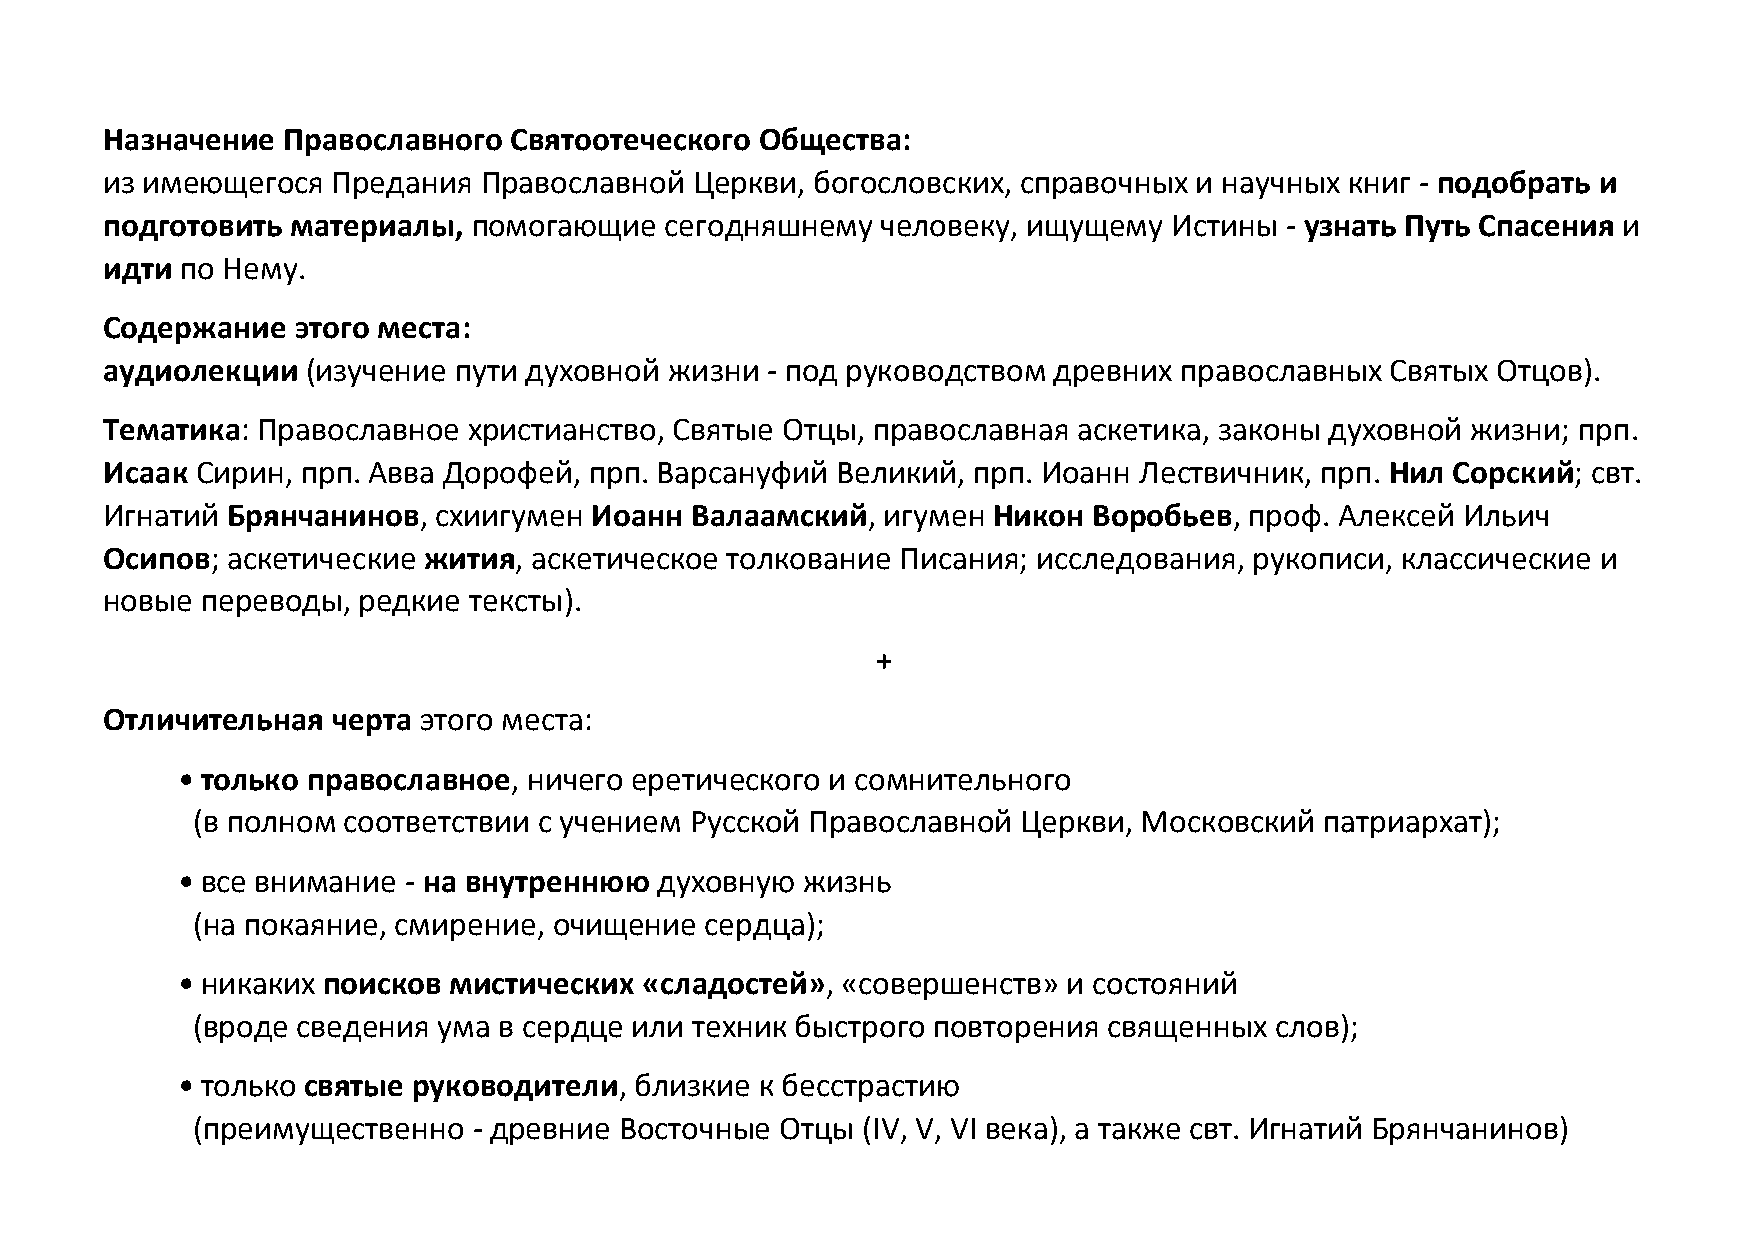
Назначение  Православного  Святоотеческого Общества:
 из имеющегося  Предания  Православной  Церкви, богословских, справочных и научных книг - подобрать и
 подготовить материалы,  помогающие   сегодняшнему  человеку, ищущему   Истины - узнать Путь Спасения и
 идти по Нему.
 Содержание   этого места:
 аудиолекции  (изучение пути духовной жизни  - под руководством древних православных  Святых Отцов).
 Тематика: Православное  христианство, Святые Отцы, православная аскетика, законы духовной жизни; прп.
 Исаак Сирин, прп. Авва Дорофей, прп. Варсануфий Великий, прп. Иоанн Лествичник, прп. Нил Сорский; свт.
 Игнатий Брянчанинов,  схиигумен Иоанн  Валаамский,  игумен Никон Воробьев,  проф. Алексей Ильич
 Осипов; аскетические жития, аскетическое толкование  Писания; исследования, рукописи, классические и
 новые переводы,  редкие тексты).
 +
 Отличительная  черта этого места:
 • только православное, ничего еретического и сомнительного
 (в полном соответствии с учением Русской Православной  Церкви, Московский  патриархат);
 • все внимание - на внутреннюю  духовную жизнь
 (на покаяние, смирение, очищение  сердца);
 • никаких поисков мистических  «сладостей», «совершенств»  и состояний
 (вроде сведения ума в сердце или техник быстрого повторения священных  слов);
 • только святые руководители, близкие к бесстрастию
 (преимущественно  - древние Восточные  Отцы (IV, V, VI века), а также свт. Игнатий Брянчанинов)